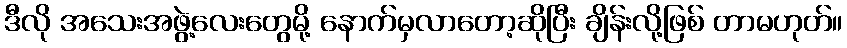
ဒီလို အသေးအဖွဲ့လေးတွေမို့ နောက်မှလာတော့ဆိုပြီး ချိန်းလို့ဖြစ် တာမဟုတ်။